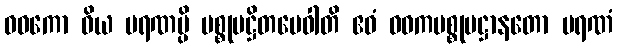
ဝဓကော ဝိယ မရဏမ္ပိ ပစ္စုပဋ္ဌိတမေဝါတိ ဧဝံ ဝဓကပစ္စုပဋ္ဌာနတော မရဏံ